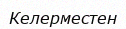
Келерместен